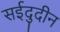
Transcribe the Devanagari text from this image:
सईदुदीन